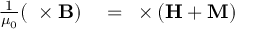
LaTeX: \begin{array} { r l } { { \frac { 1 } { \mu _ { 0 } } } ( \mathbf { \nabla } \times \mathbf { B } ) } & { { } = \mathbf { \nabla } \times \left( \mathbf { H } + \mathbf { M } \right) } \end{array}